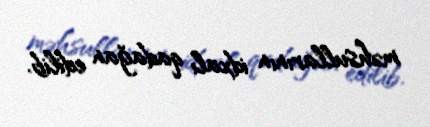
məhsullarının idxalı qadağan edilib.